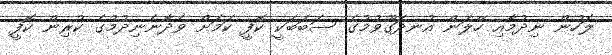
ލަހުން ނިދުމާއި ހޭލަން އުނދަގޫވުމުގެ ސަބަބަކީ ކޮފީ ކަމަށް ވެދާނެނިދުމުގެ ކުރިން ކޮފީ